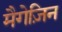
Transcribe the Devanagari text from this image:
मैगेज़िन